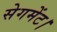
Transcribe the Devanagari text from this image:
सेगमेंट।